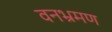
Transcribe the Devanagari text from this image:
वनभ्रमण